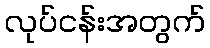
လုပ်ငန်းအတွက်